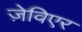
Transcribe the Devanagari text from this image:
ज़ेविएर